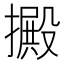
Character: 㩔